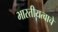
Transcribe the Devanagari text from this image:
भारतीयत्वाचे